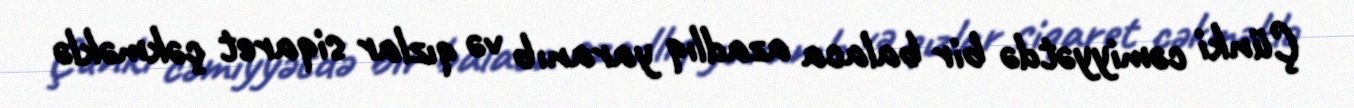
Çünki cəmiyyətdə bir balaca azadlıq yaranıb və qızlar siqaret çəkməklə